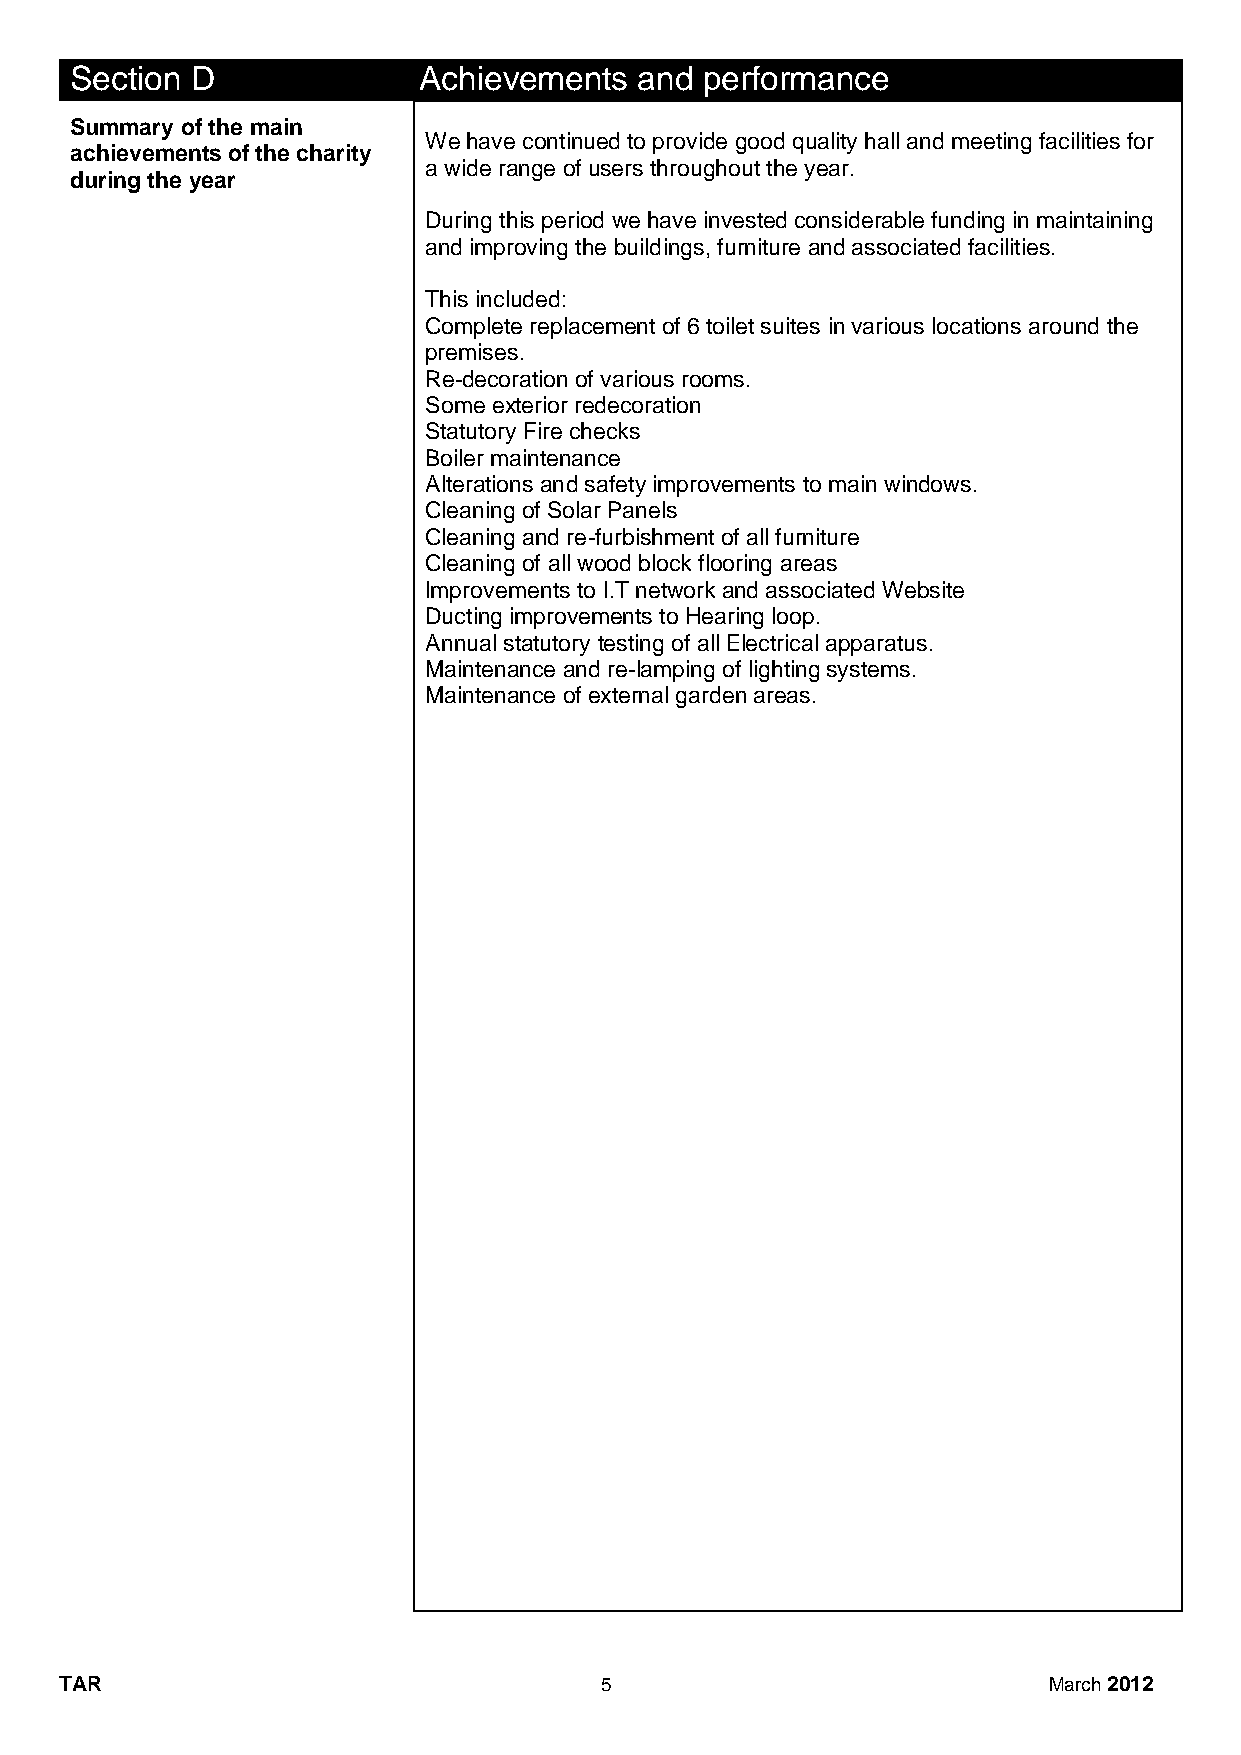
Section D              Achievements  and performance
 Summary of the main
 We have continued to provide good quality hall and meeting facilities for
 achievements of the charity
 a wide range of users throughout the year.
 during the year
 During this period we have invested considerable funding in maintaining
 and improving the buildings, furniture and associated facilities.
 This included:
 Complete replacement of 6 toilet suites in various locations around the
 premises.
 Re-decoration of various rooms.
 Some exterior redecoration
 Statutory Fire checks
 Boiler maintenance
 Alterations and safety improvements to main windows.
 Cleaning of Solar Panels
 Cleaning and re-furbishment of all furniture
 Cleaning of all wood block flooring areas
 Improvements to I.T network and associated Website
 Ducting improvements to Hearing loop.
 Annual statutory testing of all Electrical apparatus.
 Maintenance and re-lamping of lighting systems.
 Maintenance of external garden areas.
 TAR                                 5                            March 2012